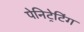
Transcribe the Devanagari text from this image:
पेनिट्रेटिंग